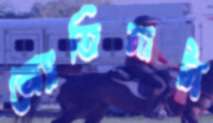
জ্যোতিনাট্য